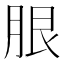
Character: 𦚣